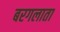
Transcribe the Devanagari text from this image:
बरगलाता